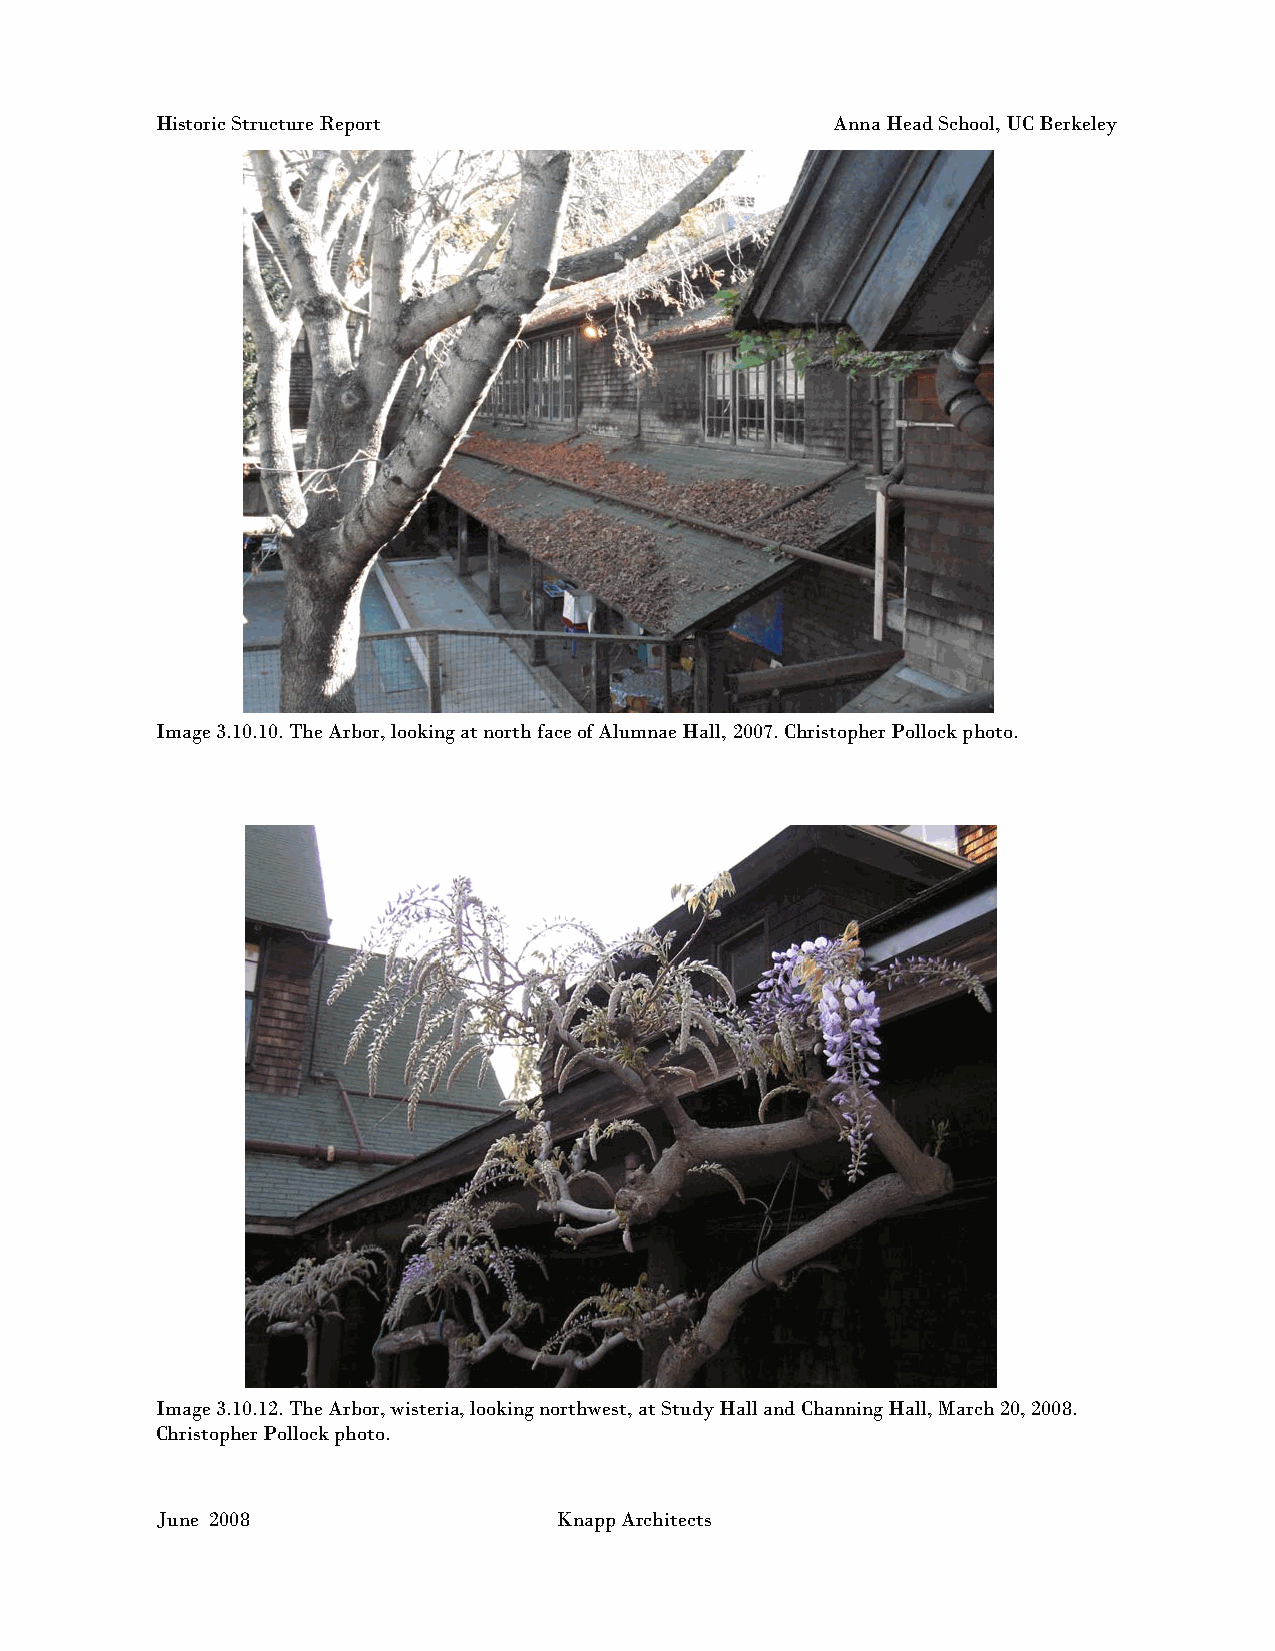
Historic Structure Report                    Anna Head School, UC Berkeley
 Image 3.10.10. The Arbor, looking at north face of Alumnae Hall, 2007. Christopher Pollock photo.
 I mage 3.10.12. The Arbor, wisteria, looking northwest, at Study Hall and Channing Hall, March 20, 2008.
 Christopher Pollock photo.
 June 2008                  Knapp Architects